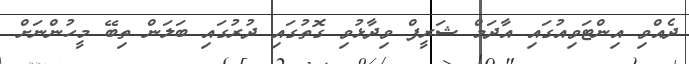
ދެއްވި އިންޓަވިއުގައި އާދަމް ޝަރީފް ވިދާޅުވި ގޮތުގައި ދުރުގައި ބަލަން ތިބޭ މީހުންނަށް